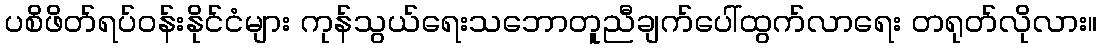
ပစိဖိတ်ရပ်ဝန်းနိုင်ငံများ ကုန်သွယ်ရေးသဘောတူညီချက်ပေါ်ထွက်လာရေး တရုတ်လိုလား။